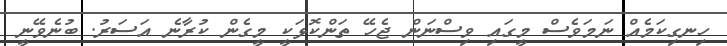
ހިނގިކަމެއް ނަމަވެސް މީގައި ވިސްނަން ޖެހޭ ތަންކޮޅަކީ މީގެން ކުރާނެ އަސަރު. ބުނެވޭނީ